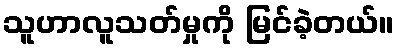
သူဟာလူသတ်မှုကို မြင်ခဲ့တယ်။